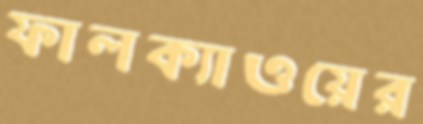
ফালক্যাওয়ের